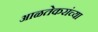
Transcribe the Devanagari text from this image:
आळतेकरांच्या